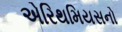
એરિથમિયસનો